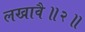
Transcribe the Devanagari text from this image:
लखावै॥२॥